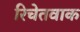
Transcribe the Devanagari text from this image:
रिचेतवाक